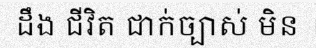
ដឹង ជីវិត ជាក់ច្បាស់ មិន